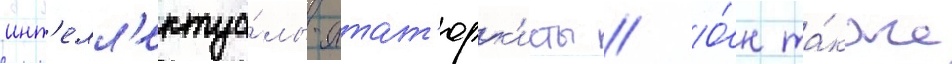
инт'елл'ектуа́лы-атат'юрк'исты // О́н та́кже